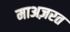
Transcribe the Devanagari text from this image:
माअज़रत